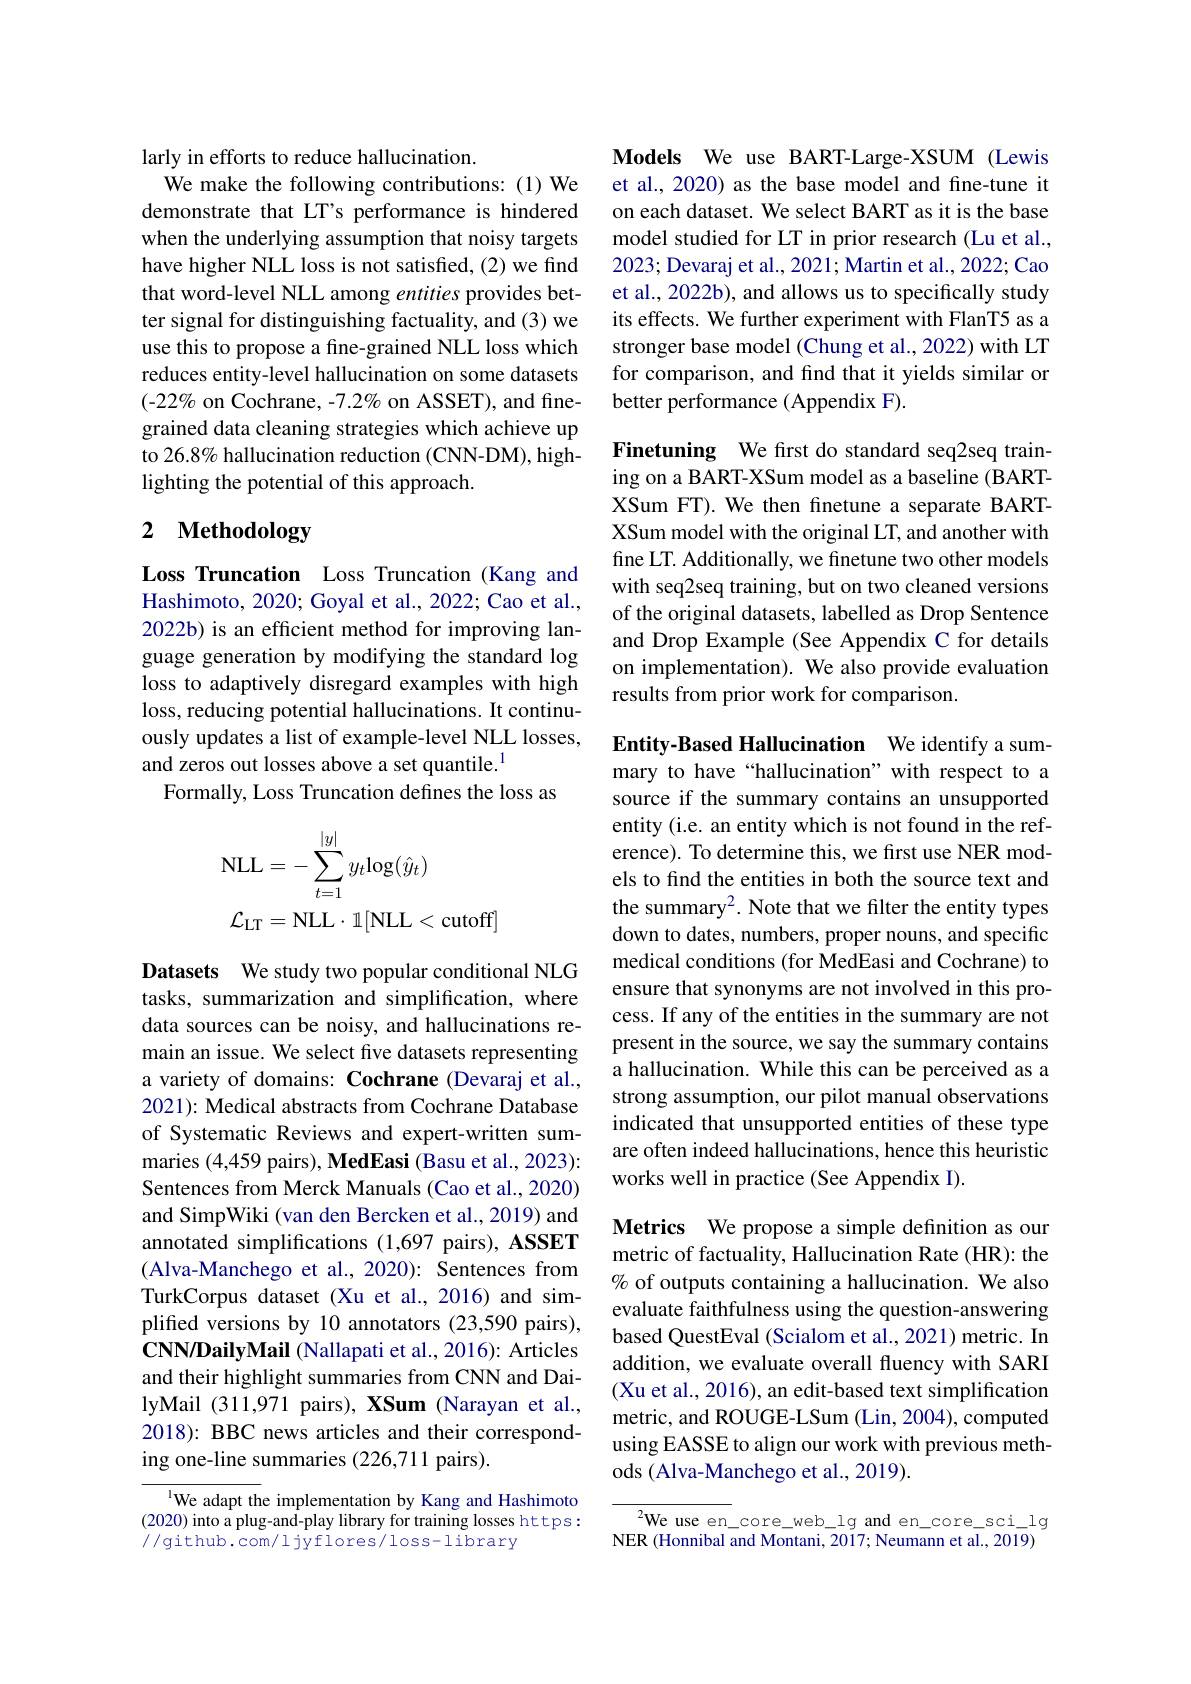
larly in efforts to reduce hallucination.
We make the following contributions: (1) We demonstrate that LT's performance is hindered when the underlying assumption that noisy targets have higher NLL loss is not satisfied, (2) we find that word-level NLL among entities provides better signal for distinguishing factuality, and (3) we use this to propose a fine-grained NLL loss which reduces entity-level hallucination on some datasets $(-22\%$ on Cochrane, -7.2% on ASSET), and finegrained data cleaning strategies which achieve up to 26.8% hallucination reduction (CNN-DM), highlighting the potential of this approach.

# 2 Methodology

Loss Truncation Loss Truncation (Kang and Hashimoto, 2020; Goyal et al., 2022; Cao et al., 2022b) is an efficient method for improving language generation by modifying the standard log loss to adaptively disregard examples with high loss, reducing potential hallucinations. It continuously updates a list of example-level NLL losses, and zeros out losses above a set quantile.$^{1}$
Formally, Loss Truncation defines the loss as
$$\begin{aligned}&\text{NLL}=-\sum_{t=1}^{|y|}y_{t}\log(\hat{y}_{t})\\&\mathcal{L}_{\mathrm{LT}}=\mathrm{NLL}\cdot\mathbb{1}[\mathrm{NLL}<\mathrm{cutoff}]\end{aligned}$$
Datasets We study two popular conditional NLG tasks, summarization and simplification, where data sources can be noisy, and hallucinations remain an issue. We select five datasets representing a variety of domains: Cochrane (Devaraj et al., 2021): Medical abstracts from Cochrane Database of Systematic Reviews and expert-written summaries (4,459 pairs), MedEasi (Basu et al., 2023): Sentences from Merck Manuals (Cao et al., 2020) and SimpWiki (van den Bercken et al., 2019) and annotated simplifications (1,697 pairs), ASSET (Alva-Manchego et al.,2020): Sentences from TurkCorpus dataset (Xu et al.,2016) and simplified versions by 10 annotators (23,590 pairs), CNN/DailyMail (Nallapati et al., 2016): Articles and their highlight summaries from CNN and DailyMail (311,971 pairs), XSum (Narayan et al., 2018): BBC news articles and their corresponding one-line summaries (226,711 pairs).

lWe adapt the implementation by Kang and Hashimoto (2020) into a plug-and-play library for training losses https: //github.com/ljyflores/loss-library

Models We use BART-Large-XSUM (Lewis et al., 2020) as the base model and fine-tune it on each dataset. We select BART as it is the base model studied for LT in prior research (Lu et al., 2023; Devaraj et al., 2021; Martin et al., 2022; Cao et al., 2022b), and allows us to specifically study its effects. We further experiment with FlanT5 as a stronger base model (Chung et al., 2022) with LT for comparison, and find that it yields similar or better performance (Appendix F).

Finetuning We first do standard seq2seq training on a BART-XSum model as a baseline (BARTXSum FT). We then fnetune a separate BARTXSum model with the original LT, and another with fine LT. Additionally, we finetune two other models with seq2seq training, but on two cleaned versions of the original datasets, labelled as Drop Sentence and Drop Example (See Appendix C for details on implementation). We also provide evaluation results from prior work for comparison.

Entity-Based Hallucination We identify a summary to have“hallucination”with respect to a source if the summary contains an unsupported entity (i.e. an entity which is not found in the reference). To determine this, we first use NER models to find the entities in both the source text and the summary$^{2}$. Note that we filter the entity types down to dates, numbers, proper nouns, and specific medical conditions (for MedEasi and Cochrane) to ensure that synonyms are not involved in this process. If any of the entities in the summary are not present in the source, we say the summary contains a hallucination. While this can be perceived as a strong assumption, our pilot manual observations indicated that unsupported entities of these type are often indeed hallucinations, hence this heuristic works well in practice (See Appendix I).

Metrics We propose a simple defnition as our metric of factuality, Hallucination Rate (HR): the % of outputs containing a hallucination. We also evaluate faithfulness using the question-answering based QuestEval (Scialom et al., 2021) metric. In addition, we evaluate overall fluency with SARI (Xu et al., 2016), an edit-based text simplification metric, and ROUGE-LSum (Lin, 2004), computed using EASSE to align our work with previous methods (Alva-Manchego et al., 2019).

${\overline{{\mathrm{We~use~en}}}}\_$core\_web\_lg and en\_core\_sci\_lg NER (Honnibal and Montani, 2017; Neumann et al., 2019)